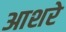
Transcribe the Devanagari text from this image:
आशरे